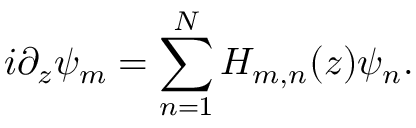
i \partial _ { z } \psi _ { m } = \sum _ { n = 1 } ^ { N } H _ { m , n } ( z ) \psi _ { n } .